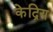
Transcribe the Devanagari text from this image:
केद्रिय